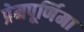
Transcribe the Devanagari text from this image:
प्रेमपूर्णिमा